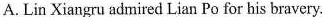
A. Lin Xiangru admired Lian Po for his bravery.